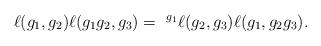
LaTeX: \begin{align*} \ell(g_1, g_2) \ell(g_1g_2,g_3) = \,\,^{g_1}\ell(g_2, g_3) \ell(g_1,g_2g_3). \end{align*}